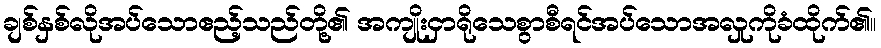
ချစ်နှစ်လိုအပ်သောဧည့်သည်တို့၏ အကျိုးငှာရိုသေစွာစီရင်အပ်သောအလှုကိုခံထိုက်၏။